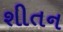
શીતન